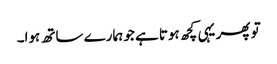
تو پھر یہی کچھ ہوتا ہے جو ہمارے ساتھ ہوا۔